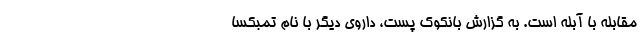
مقابله با آبله است. به گزارش بانکوک پست، داروی دیگر با نام تمبکسا